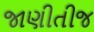
જાણીતીજ